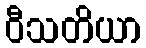
ဝီသတိယာ